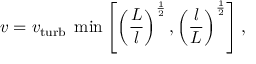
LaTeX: v = v _ { \mathrm { t u r b } } \; \min \left[ \left( { \frac { L } { l } } \right) ^ { \frac { 1 } { 2 } } , \left( { \frac { l } { L } } \right) ^ { \frac { 1 } { 2 } } \right] ,